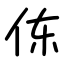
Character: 㑈